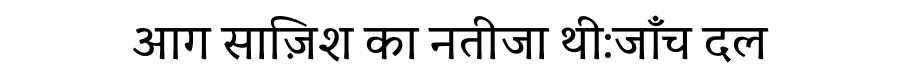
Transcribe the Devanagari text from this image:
आग साज़िश का नतीजा थी:जाँच दल